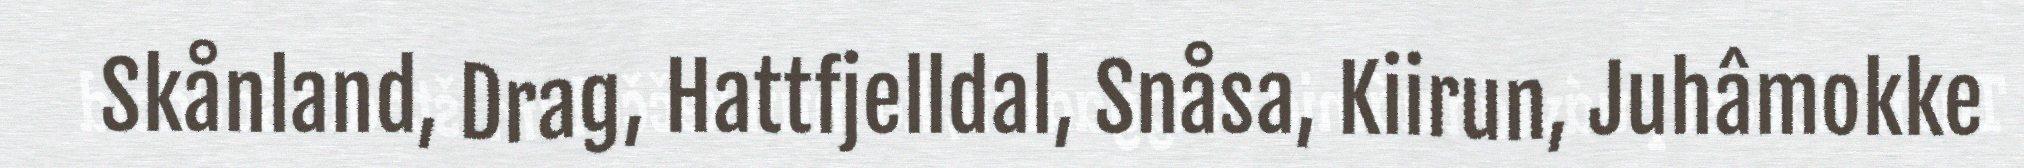
Skånland, Drag, Hattfjelldal, Snåsa, Kiirun, Juhâmokke